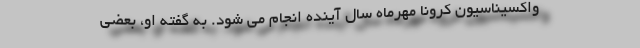
واکسیناسیون کرونا مهرماه سال آینده انجام می شود. به گفته او، بعضی